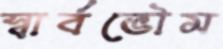
স্বার্বভৌম